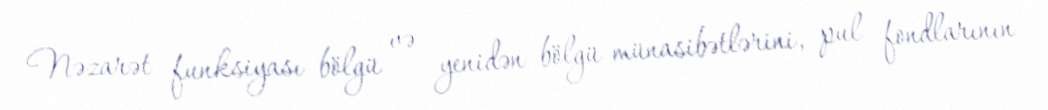
Nəzarət funksiyası bölgü və yenidən bölgü münasibətlərini, pul fondlarının